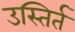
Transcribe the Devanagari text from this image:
उस्तिर्त